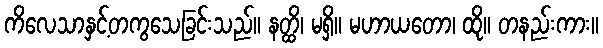
ကိလေသာနှင့်တကွသေခြင်းသည်။ နတ္ထိ၊ မရှိ။ မဟာယတော၊ ထို။ တနည်းကား။